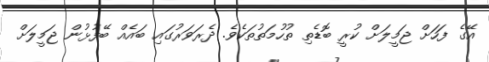
އޭގެ ފަހަށް ޖަމީލަށް ކުރީ ބޮޑެތި ތުހުމަތުތަކެވެ. ދެރަވަރުގައި ބައެއް ބޭފުޅުން ޖަމީލަށް